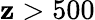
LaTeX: \mathbf{z}>500